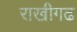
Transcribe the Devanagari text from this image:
राखीगढ